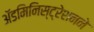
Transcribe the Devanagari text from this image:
ॲडमिनिस्ट्रेशनने